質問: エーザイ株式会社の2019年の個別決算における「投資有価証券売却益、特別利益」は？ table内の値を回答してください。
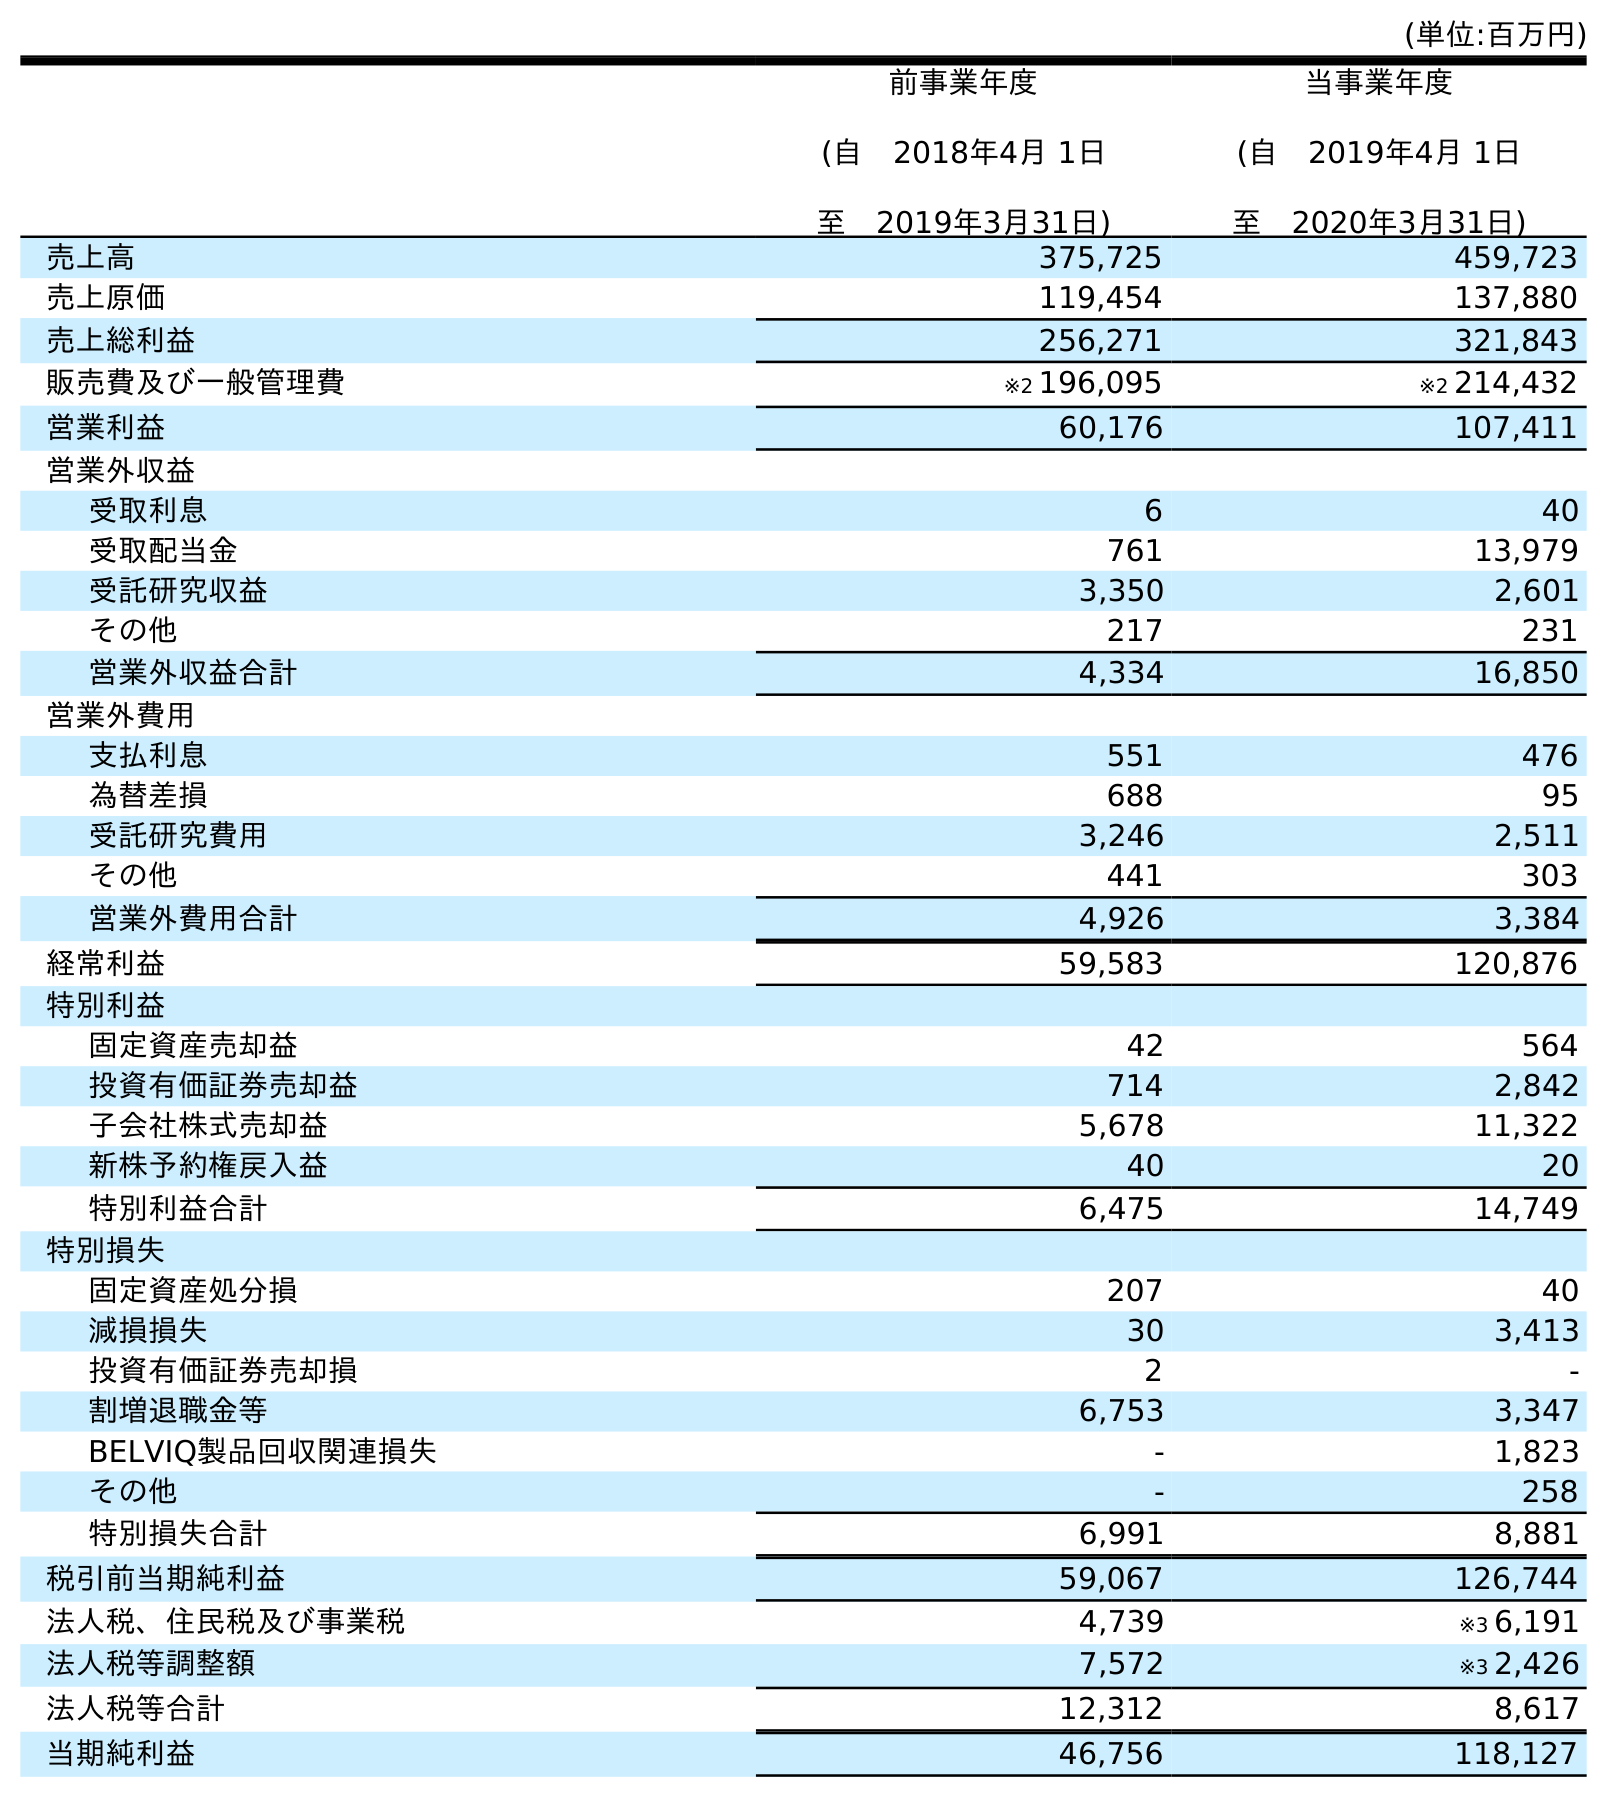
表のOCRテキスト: (単位:百万円) 前事業年度 (自 2018年4月 1日 至 2019年3月31日) 当事業年度 (自 2019年4月 1日 至 2020年3月31日) 売上高 375,725 459,723 売上原価 119,454 137,880 売上総利益 256,271 321,843 販売費及び一般管理費 ※2 196,095 ※2 214,432 営業利益 60,176 107,411 営業外収益 受取利息 6 40 受取配当金 761 13,979 受託研究収益 3,350 2,601 その他 217 231 営業外収益合計 4,334 16,850 営業外費用 支払利息 551 476 為替差損 688 95 受託研究費用 3,246 2,511 その他 441 303 営業外費用合計 4,926 3,384 経常利益 59,583 120,876 特別利益 固定資産売却益 42 564 投資有価証券売却益 714 2,842 子会社株式売却益 5,678 11,322 新株予約権戻入益 40 20 特別利益合計 6,475 14,749 特別損失 固定資産処分損 207 40 減損損失 30 3,413 投資有価証券売却損 2 - 割増退職金等 6,753 3,347 BELVIQ製品回収関連損失 - 1,823 その他 - 258 特別損失合計 6,991 8,881 税引前当期純利益 59,067 126,744 法人税、住民税及び事業税 4,739 ※3 6,191 法人税等調整額 7,572 ※3 2,426 法人税等合計 12,312 8,617 当期純利益 46,756 118,127
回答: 714